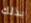
بذلك